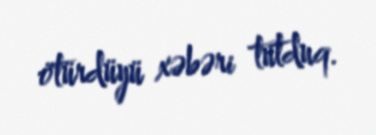
ötürdüyü xəbəri tutduq.